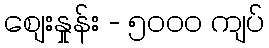
စျေးနှုန်း - ၅၀၀၀ ကျပ်